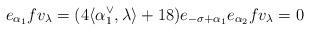
LaTeX: \begin{align*}e_{\alpha_1} f v_\lambda = (4\langle \alpha_1^\vee, \lambda \rangle + 18) e_{-\sigma + \alpha_1} e_{\alpha_2} f v_\lambda = 0\end{align*}